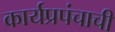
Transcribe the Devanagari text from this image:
कार्यप्रपंचाची